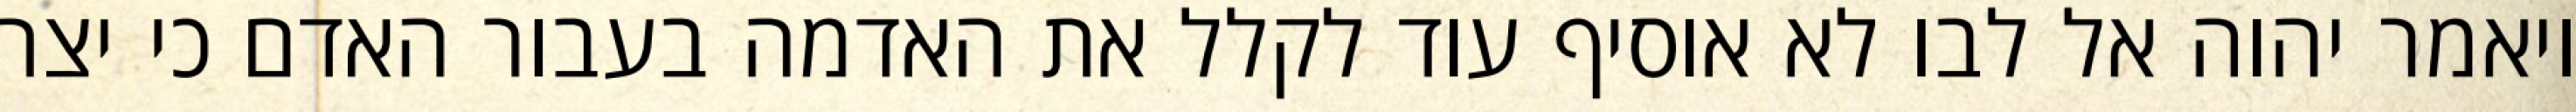
ויאמר יהוה אל לבו לא אוסיף עוד לקלל את האדמה בעבור האדם כי יצר